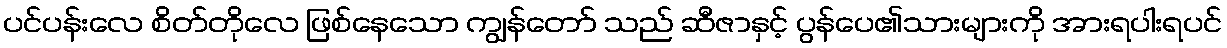
ပင်ပန်းလေ စိတ်တိုလေ ဖြစ်နေသော ကျွန်တော် သည် ဆီဇာနှင့် ပွန်ပေ၏သားများကို အားရပါးရပင်